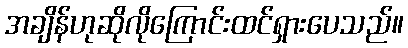
အချိန်ဟုဆိုလိုကြောင်းထင်ရှားပေသည်။